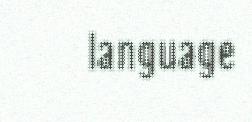
language